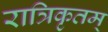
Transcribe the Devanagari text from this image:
रात्रिकृतम्‌